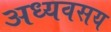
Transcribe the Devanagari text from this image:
अध्यवसय